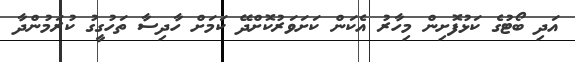
އަދި ބޯޓުގެ ކަޅުފޮށިން މިހާރު އެކަން ކަށަވަރުކޮށްދޭ ކަމަށް ހާދިސާ ތަހުގީގު ކުރަމުންދާ